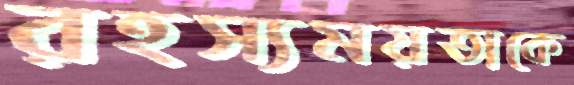
রহস্যময়তাকে